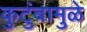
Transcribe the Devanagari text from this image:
कुटुंबामुळे